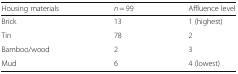
| Housing materials | n = 99 | Affluence level |
 | --- | --- | --- |
 | Brick | 13 | 1 (highest) |
 | Tin | 78 | 2 |
 | Bamboo/wood | 2 | 3 |
 | Mud | 6 | 4 (lowest) |